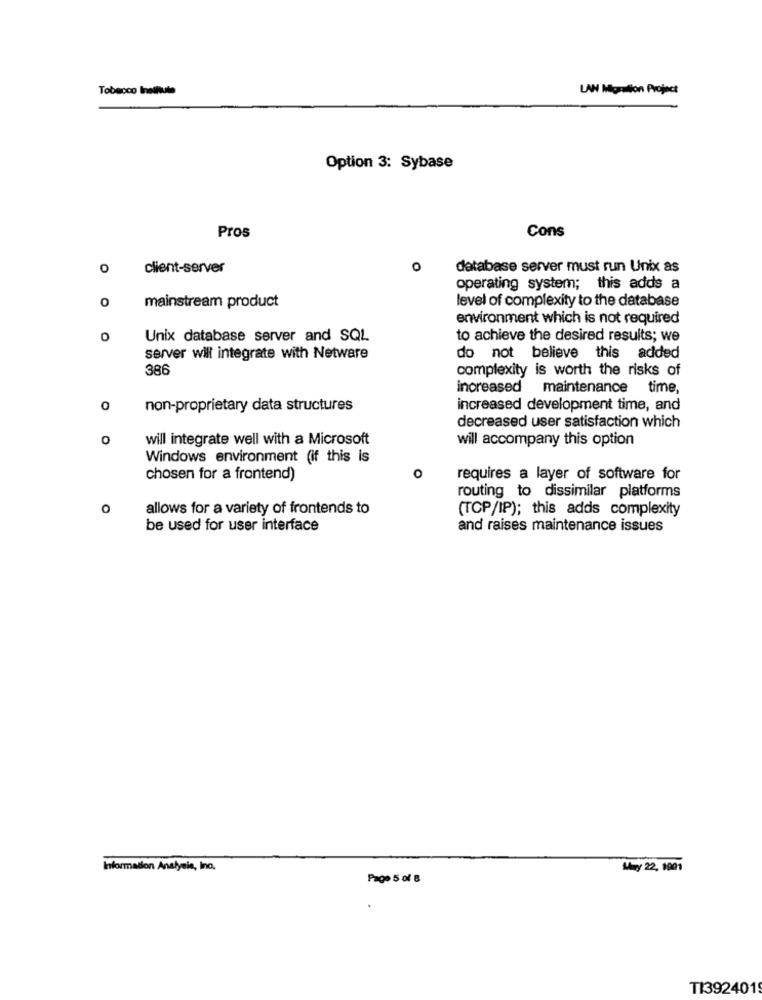
Tobacco Inelliute
LAN Migration Project
Option 3: Sybase
Cons
Pros
O
client-server
0
database server must run Unix as
operating system; this adds a
0
level of complexity to the database
mainstream product
environment which is not required
0
Unix database server and SQL
to achieve the desired results; we
server will integrate with Netware
do not believe this added
386
complexity is worth the risks of
increased maintenance time,
0
non-proprietary data structures
increased development time, and
decreased user satisfaction which
0
will integrate well with a Microsoft
will accompany this option
Windows environment (if this is
chosen for a frontend)
O
requires a layer of software for
routing to dissimilar platforms
o
allows for a variety of frontends to
(TCP/IP); this adds complexity
be used for user interface
and raises maintenance issues
Information Analysis, Ino.
May 22, 1001
Page 5 of 8
TI392401